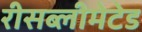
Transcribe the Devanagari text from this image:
रीसब्लीमेटेड